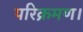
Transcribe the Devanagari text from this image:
परिक्रमण।